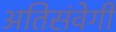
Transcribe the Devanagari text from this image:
अतिसंवेगी